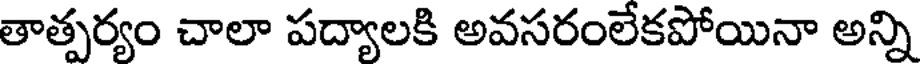
తాత్పర్యం చాలా పద్యాలకి అవసరంలేకపోయినా అన్ని